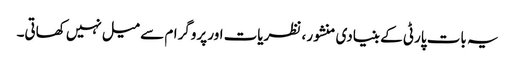
یہ بات پارٹی کے بنیادی منشور ، نظریات اور پروگرام سے میل نہیں کھاتی۔